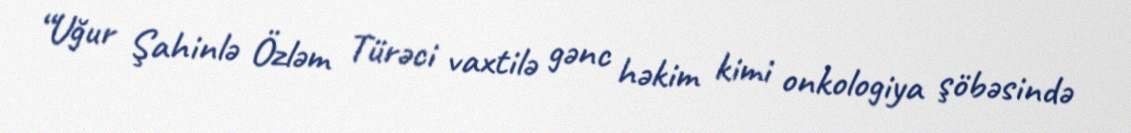
“Uğur Şahinlə Özləm Türəci vaxtilə gənc həkim kimi onkologiya şöbəsində